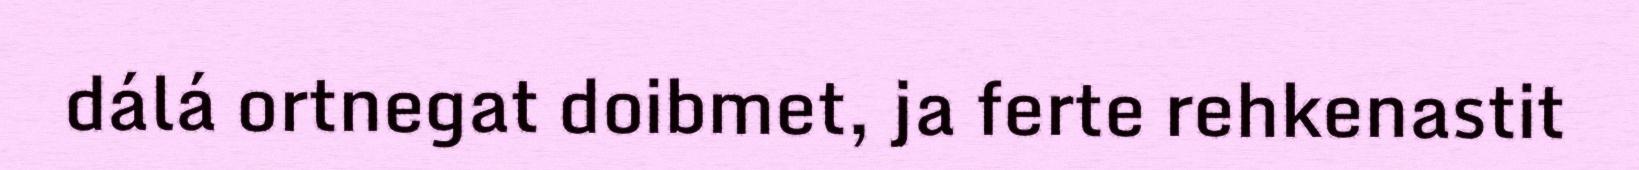
dálá ortnegat doibmet, ja ferte rehkenastit